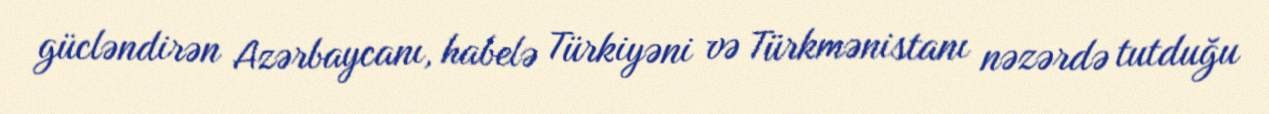
gücləndirən Azərbaycanı, habelə Türkiyəni və Türkmənistanı nəzərdə tutduğu